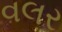
વલર